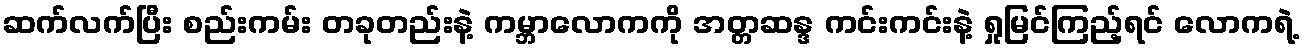
ဆက်လက်ပြီး စည်းကမ်း တခုတည်းနဲ့ ကမ္ဘာလောကကို အတ္တဆန္ဒ ကင်းကင်းနဲ့ ရှုမြင်ကြည့်ရင် လောကရဲ့